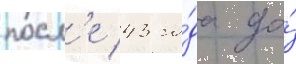
посл'е 43 го́да до́